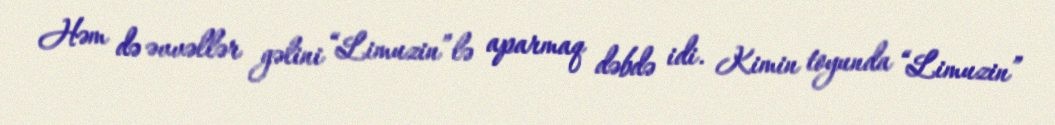
Həm də əvvəllər gəlini “Limuzin”lə aparmaq dəbdə idi. Kimin toyunda “Limuzin”